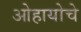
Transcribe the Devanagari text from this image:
ओहायोचे